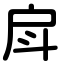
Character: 戽